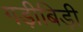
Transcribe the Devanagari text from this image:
गड़ीबिड़ी